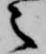
之